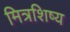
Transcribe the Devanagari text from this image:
मित्रशिष्य